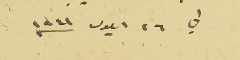
في ٢٦ ايلول سنه ١٩٤١